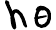
ho